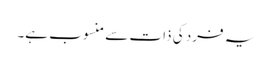
یہ فرد کی ذات سے منسوب ہے۔